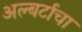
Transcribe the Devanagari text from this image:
अल्बर्टाचा